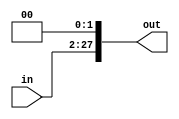
`timescale 1ns / 1ps

module shifter_1(out, in);
    parameter in_size = 26;
    parameter by = 2;
    
    input [in_size - 1:0] in;
    output [in_size - 1 + by:0] out;
    
    assign out[in_size - 1+by:by] = in;
    assign out[by - 1:0] = 0;
endmodule